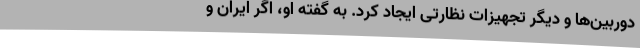
دوربین‌ها و دیگر تجهیزات نظارتی ایجاد کرد. به گفته او، اگر ایران و